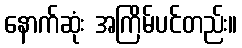
နောက်ဆုံး အကြိမ်ပင်တည်း။